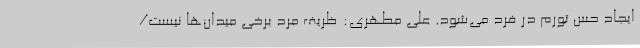
ایجاد حس تورم در فرد می‌شود. علی مطهری: ظریف مرد برخی میدان‌ها نیست/